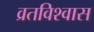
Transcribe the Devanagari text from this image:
व्रतविश्वास